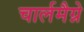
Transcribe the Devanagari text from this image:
चार्लमैग्ने